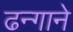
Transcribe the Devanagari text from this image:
ढन्गाने